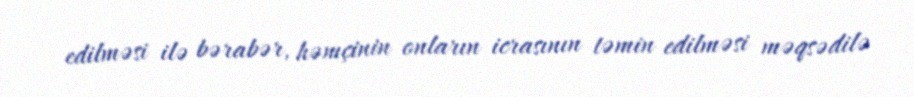
edilməsi ilə bərabər, həmçinin onların icrasının təmin edilməsi məqsədilə